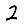
Digit: 2